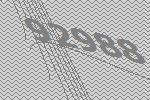
92988